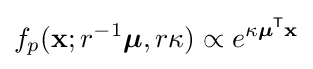
f_{p}(\mathbf {x} ;r^{-1}{\boldsymbol {\mu }},r\kappa )\propto e^{\kappa {\boldsymbol {\mu }}^{\mathsf {T}}\mathbf {x} }